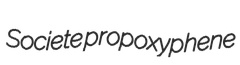
Societe propoxyphene